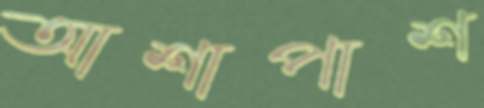
আশাপাশ